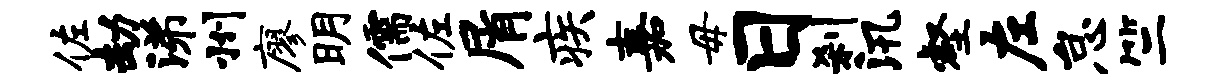
佐劫涕州廖明儒佐屑疾嘉毋日刹汛壑左怠竺